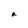
Character: a